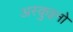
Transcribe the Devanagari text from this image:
अस्क़ुइनो